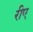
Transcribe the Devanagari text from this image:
रीए